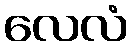
လေလံ